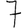
Digit: 7